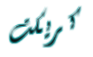
كريكت